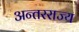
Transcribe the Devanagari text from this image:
अन्तरराज्य